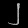
Digit: ၂